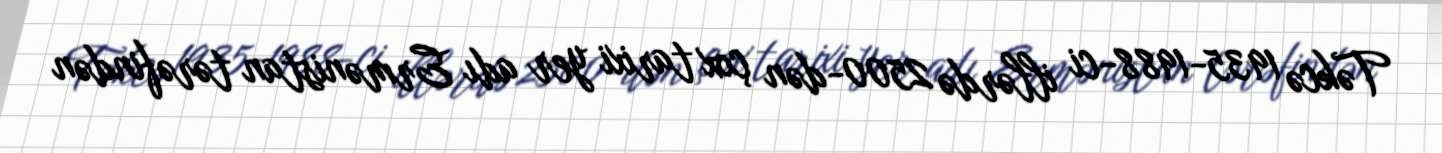
Təkcə 1935-1988-ci illərdə 2500-dən çox tarixi yer adı Ermənistan tərəfindən